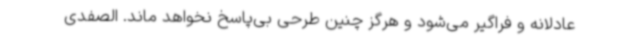
عادلانه و فراگیر می‌شود و هرگز چنین طرحی بی‌پاسخ نخواهد ماند. الصفدی